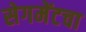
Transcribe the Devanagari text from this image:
सेगमेंटचा